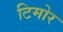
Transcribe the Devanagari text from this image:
टिमोर